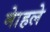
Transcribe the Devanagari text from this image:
माेहले